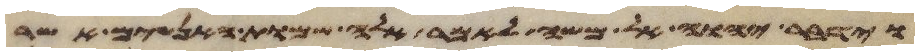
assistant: וידבר יהוה אל משה לאמר אלה שמות האנשים אשר